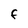
Character: F